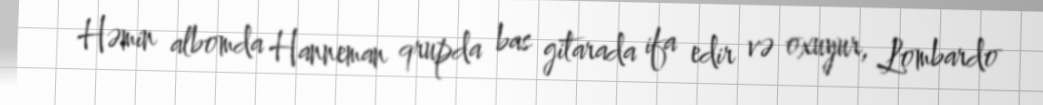
Həmin albomda Hanneman qrupda bas gitarada ifa edir və oxuyur, Lombardo